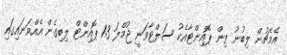
އެމެޗުން ލިބުނު ތިން ޕޮއިންޓާއެކު ސަލްޓާވަނީ ޖުމްލަ 13 ޕޮއިންޓް ލިބިގެން އެއްވަނައިގައި